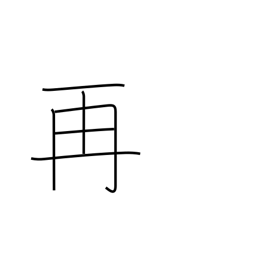
Meaning: twice